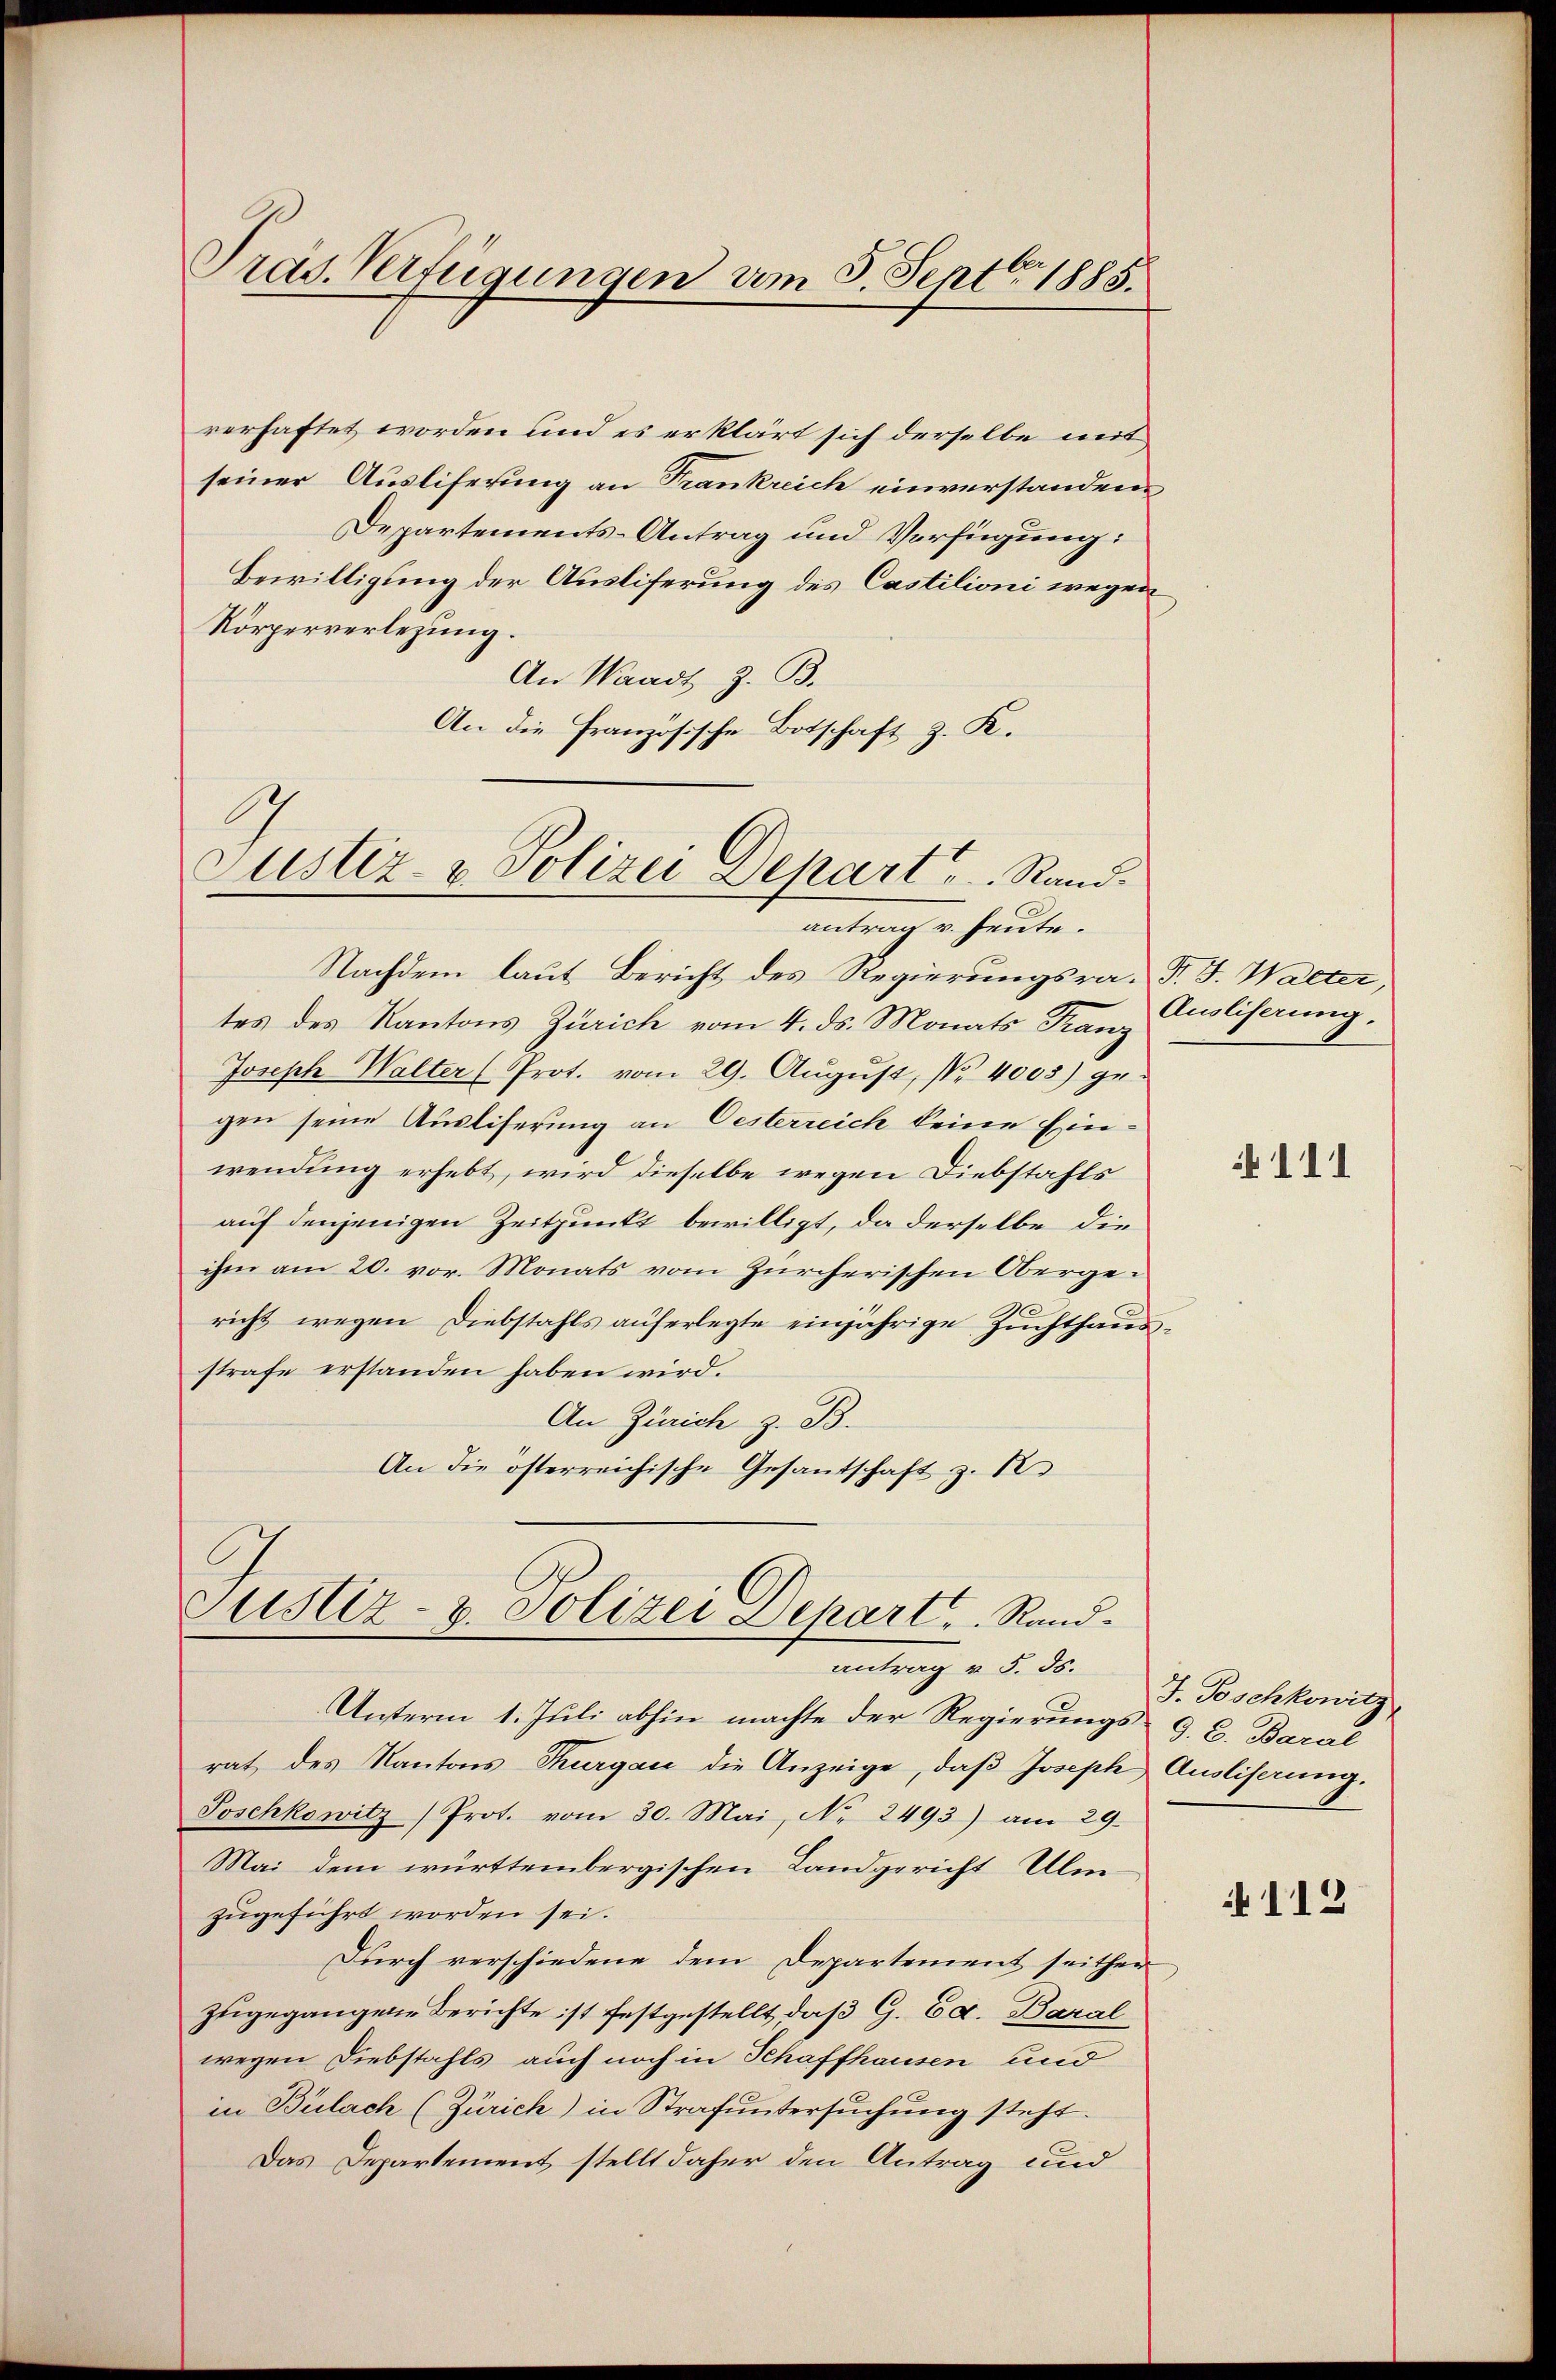
Präs. Verfügungen am 5. Sept. 1885.

rerhaftet worden und es erklärt sich derselbe mit
seiner Ausliferung an Frankreich einverstandene
Departements-Antrag und Verfügung:
Bewilligung der Ausliferung des Castilioni wegen
Körperverlegung.
An Waadt z. B.
An die Französische Botschaft z. K.

Justiz- & Polizei Depart, Rand.
antrag v. heute.

Nachdem laut Bericht des Regierungsra- P. J. Walter,
tes des Kantons Zürich vom 4. ds. Monats Franz
Joseph Walter (Prot. vom 29. Aŭgŭst, Nr. 4003) ge-
gen seine Ausliserung an Oesterreich keine Ein-
wendung erhebt, wird dieselbe wegen Diebstahls
auf denjenigen Zeitpunkt bewilligt, da derselbe die
ihm am 20. vor. Monats vom Zürcherischen Obergee
richt wegen Diebstahls auferlegte einjährige Zuchthausstrafe erstanden haben wird.
An Zürich z. B.
An die österreichische Gesandschaft z. R.

Justiz- & Polizei Depart. Randantrag v. 5. ds.
Unterm 1. Juli abhin machte der Regierungs- 9. d. Baral

rat des Kantons Thurgau die Anzeige, daß Joseph Ausliserung.
Soschkowitz) Prot. vom 30. Mai, No 2493) am 29.
Mai dem württembergischen Landgericht Ulm
zugeführt worden sei.
Durch verschiedene dem Departement seither
zugegangene Berichte ist festgestellt, daß G. Ed. Baral
wegen Diebstahls auch noch in Schaffhausen und
in Bülach (Zürich) in Strafŭntersŭchŭng steht.
Das Departement stellt daher den Antrag und

Ausliserung.

111

J. Toschkowitz

112